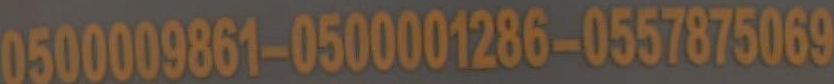
0500009861-0500001286-0557875069